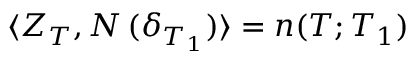
\langle Z _ { T } , N \, ( \delta _ { T _ { 1 } } ) \rangle = n ( T ; T _ { 1 } )